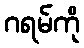
ဂရမ်ကို